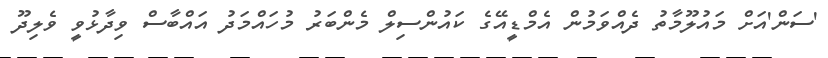
'ސަން'އަށް މައުލޫމާތު ދެއްވަމުން އެމްޑީއޭގެ ކައުންސިލް މެންބަރު މުހައްމަދު އައްބާސް ވިދާޅުވީ ވެލިދޫ